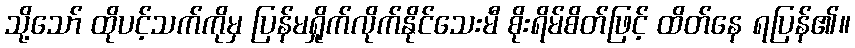
သို့သော် ထိုပင့်သက်ကိုမှ ပြန်မရှိုက်လိုက်နိုင်သေးမီ စိုးရိမ်စိတ်ဖြင့် ထိတ်နေ ရပြန်၏။